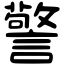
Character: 警